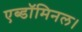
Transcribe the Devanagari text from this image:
एब्डॉमिनल।